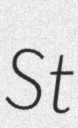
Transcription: St